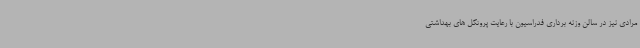
مرادی نیز در سالن وزنه برداری فدراسیون با رعایت پروتکل های بهداشتی